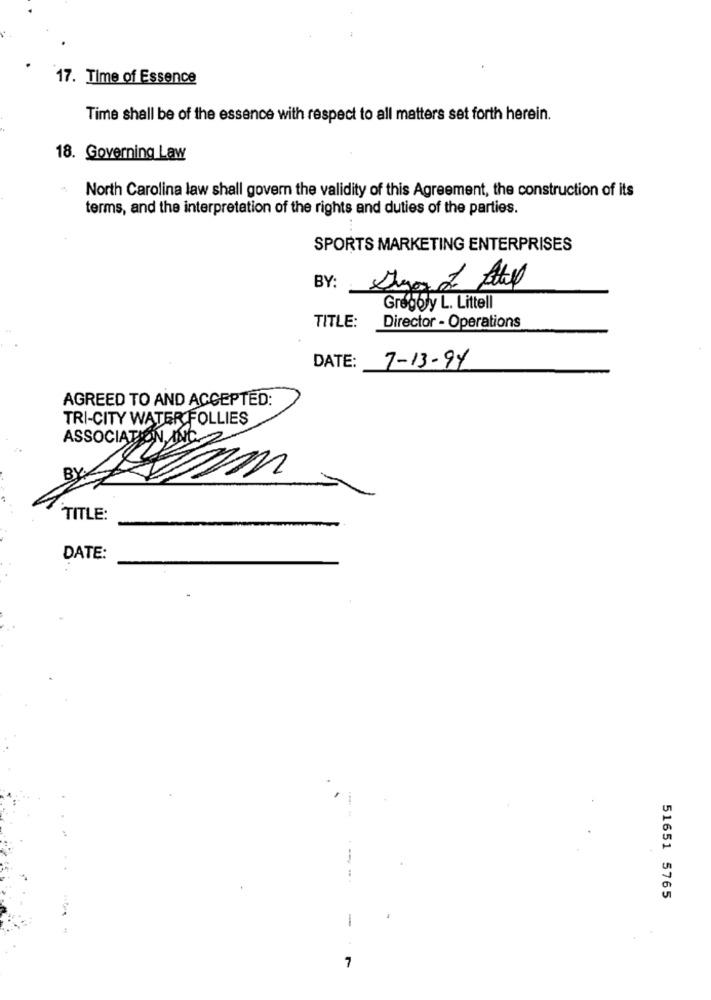
17. Time of Essence
Time shall be of the essence with respect to all matters set forth herein.
18. Governing Law
North Carolina law shall govern the validity of this Agreement, the construction of its
terms, and the interpretation of the rights and duties of the parties.
SPORTS MARKETING ENTERPRISES
BY:
Gregory L. Littell
TITLE:
Director - Operations
DATE:
7-13-94
AGREED TO AND ACCEPTED:
TRI-CITY WATER FOLLIES
ASSOCIATION, INC.
BY.
TITLE:
DATE:
-
51651 5765
-
7